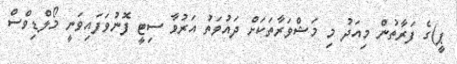
ޕީ)ގެ ފަރާތުން މިއަދު މި މަޝްވަރާތަކަށް ދައުވަތު އަރުވާ ސިޓީ ފޮނުވަފައިވަނީ މޯލްޑިވްސް